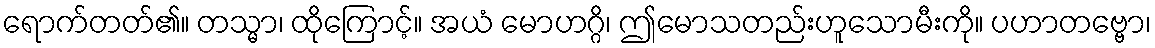
ရောက်တတ်၏။ တသ္မာ၊ ထိုကြောင့်။ အယံ မောဟဂ္ဂိ၊ ဤမောသတည်းဟူသောမီးကို။ ပဟာတဗ္ဗော၊